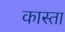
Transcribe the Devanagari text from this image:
कास्ता